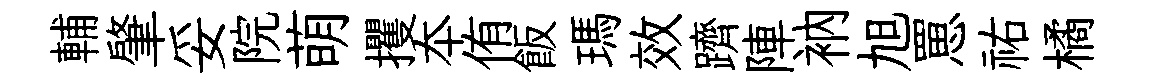
輔肇妥院萌攫夲侑飯瑪效躋陣衲旭罳祐橘